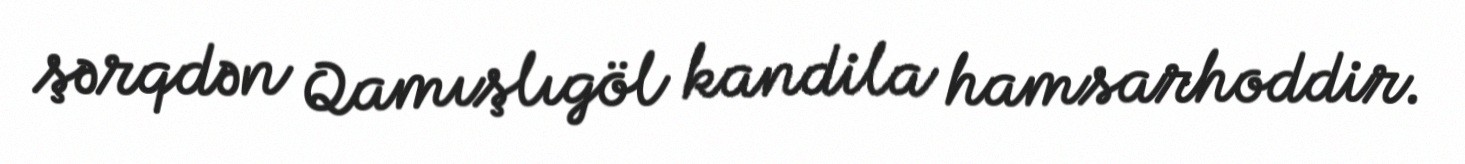
şərqdən Qamışlıgöl kandila hamsarhoddir.